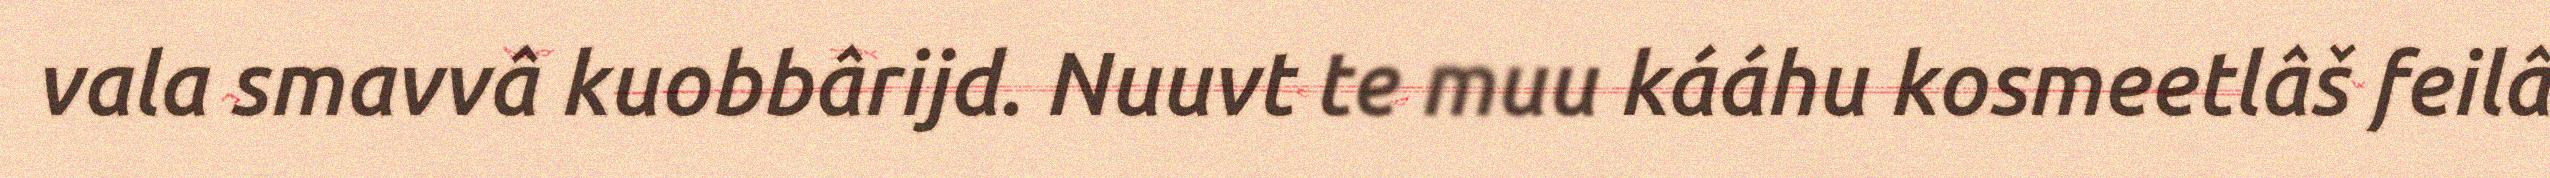
vala smavvâ kuobbârijd. Nuuvt te muu kááhu kosmeetlâš feilâ